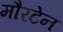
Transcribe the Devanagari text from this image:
मौरटेन